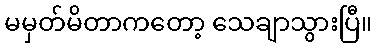
မမှတ်မိတာကတော့ သေချာသွားပြီ။